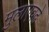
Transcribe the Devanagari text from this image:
मुलाएवढे